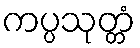
ကပ္ပသုတ္တံ